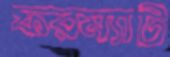
ফরম্যাট